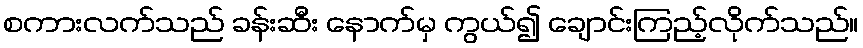
စကားလက်သည် ခန်းဆီး နောက်မှ ကွယ်၍ ချောင်းကြည့်လိုက်သည်။